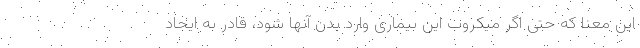
این معنا که حتی اگر میکروب این بیماری وارد بدن آنها شود، قادر به ایجاد